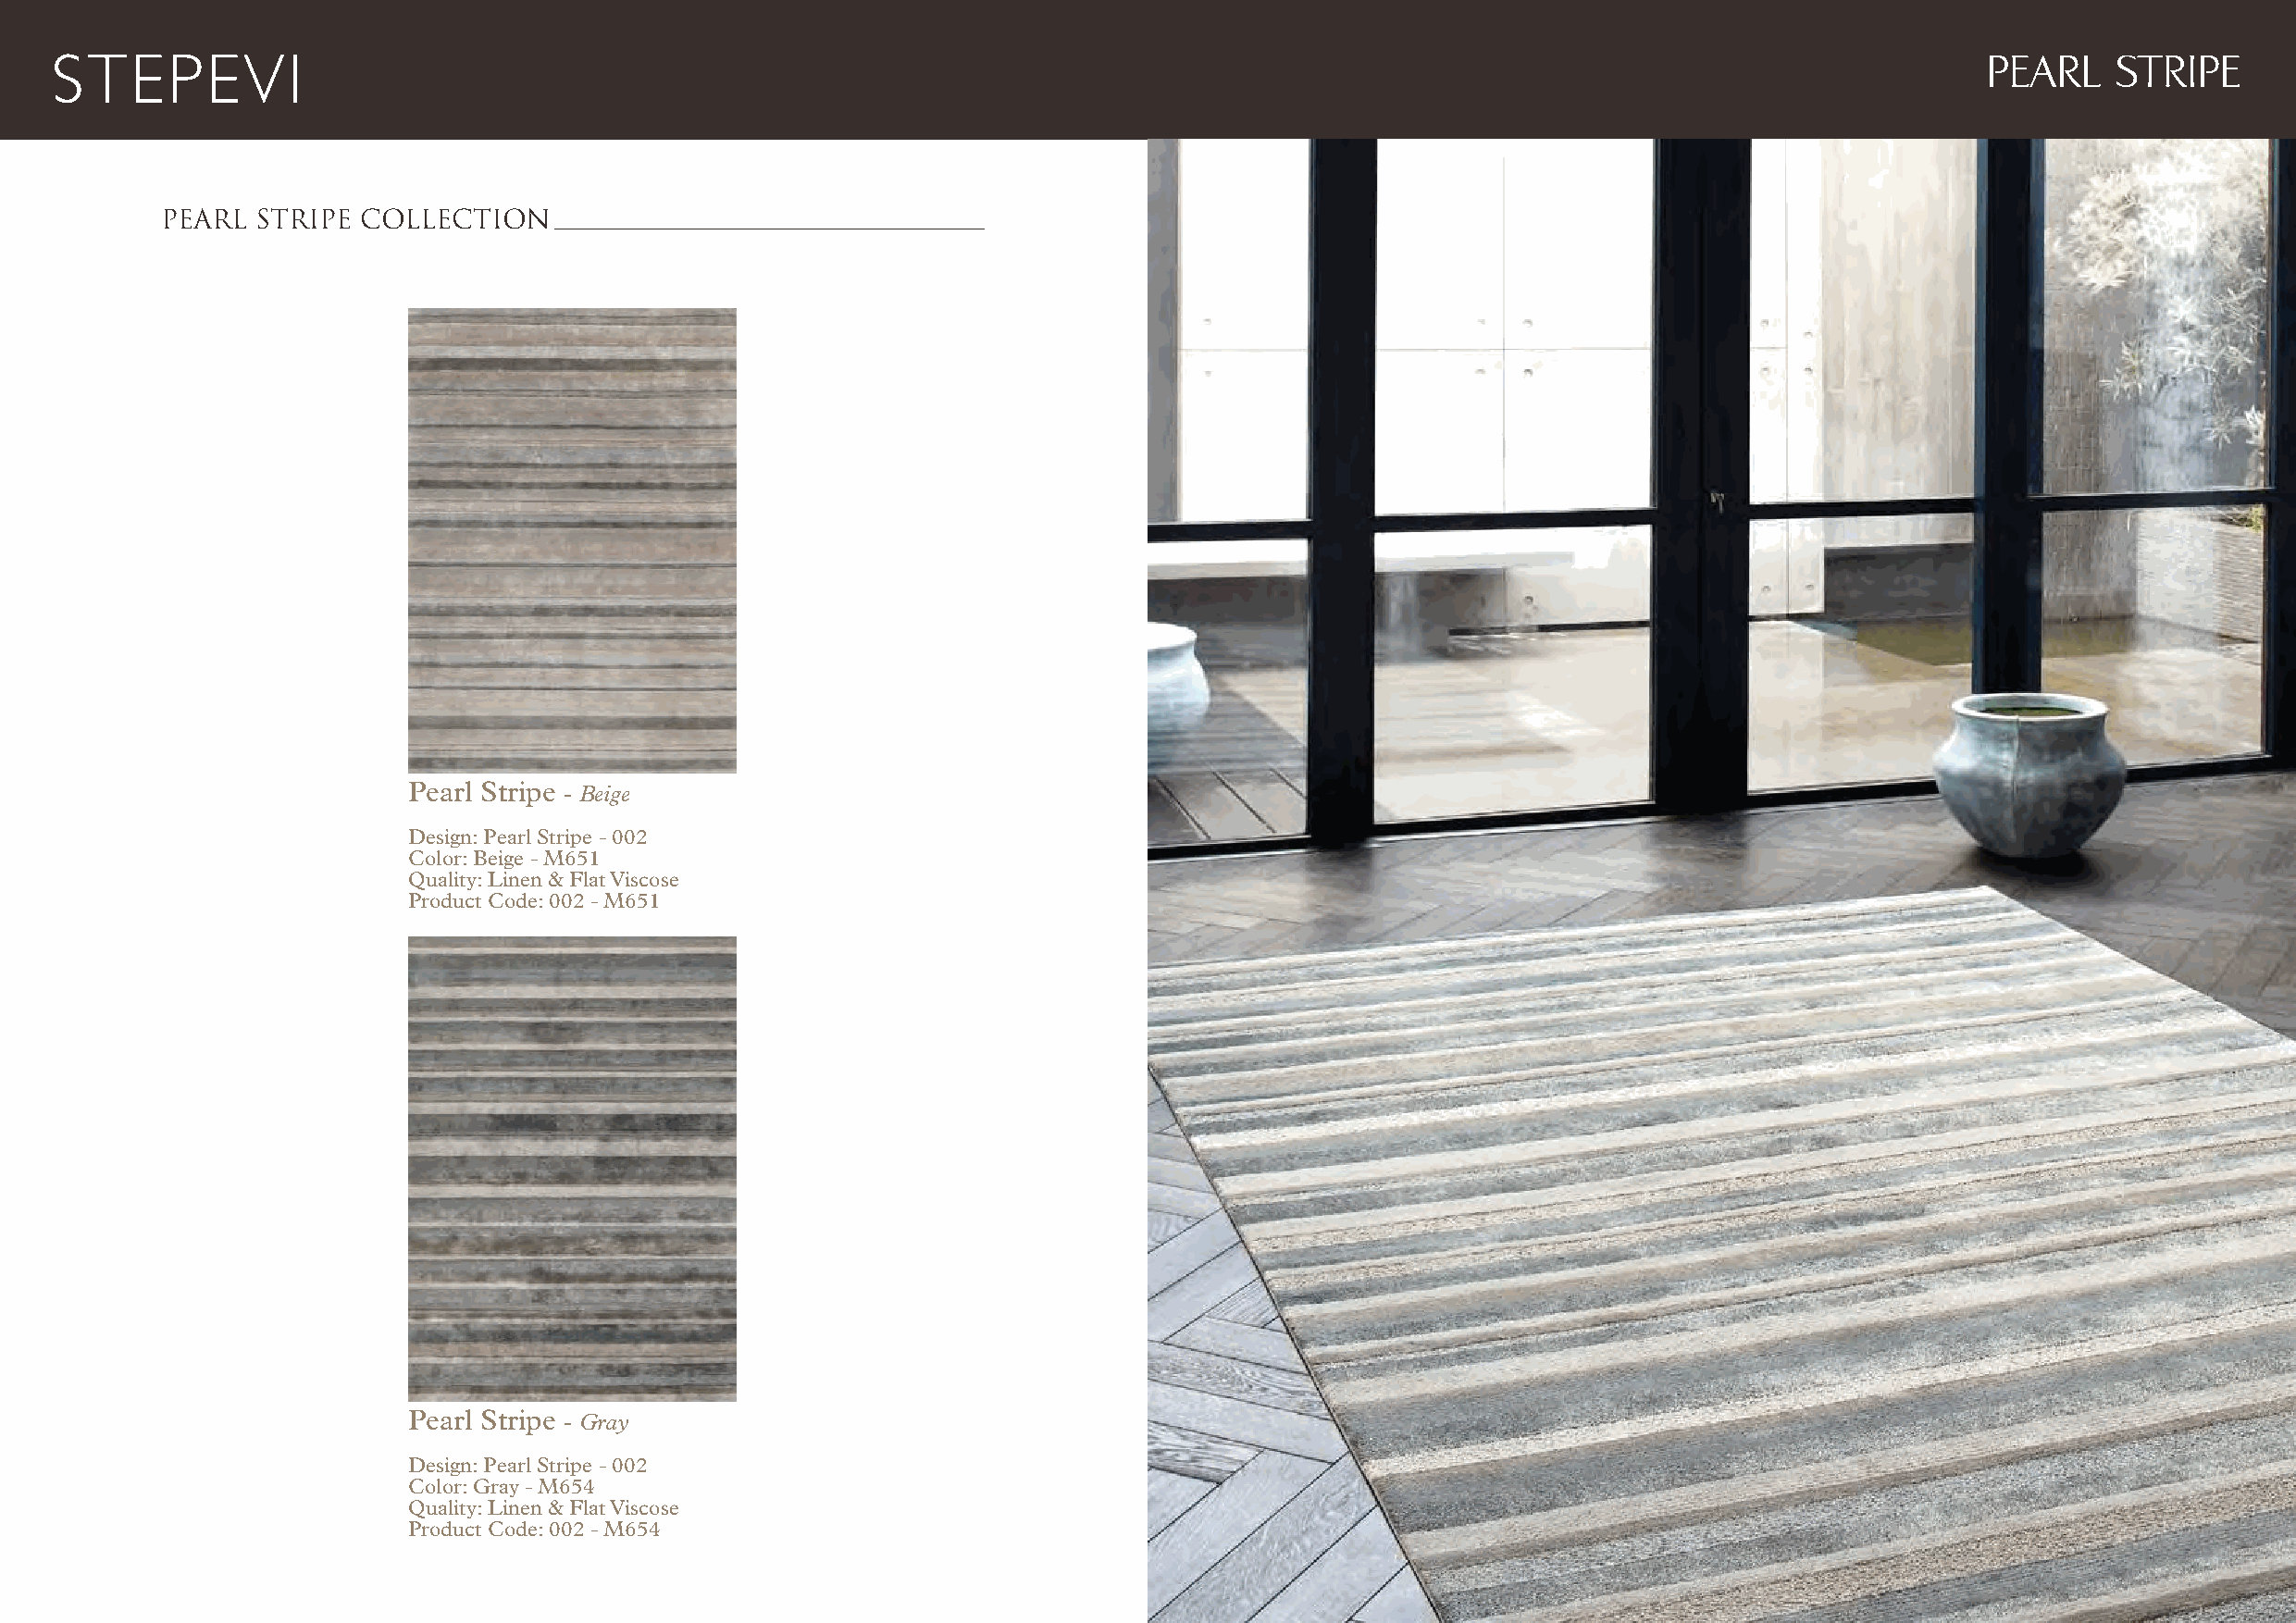
PEARL    STRIPE
 PEARL STRIPE  COLLECTION
 Pearl Stripe - Beige
 Design: Pearl Stripe - 002
 Color: Beige - M651
 Quality: Linen & Flat Viscose
 Product Code: 002 - M651
 Pearl Stripe - Gray
 Design: Pearl Stripe - 002
 Color: Gray - M654
 Quality: Linen & Flat Viscose
 Product Code: 002 - M654